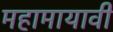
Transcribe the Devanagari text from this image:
महामायावी